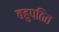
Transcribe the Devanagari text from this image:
बहुपठित